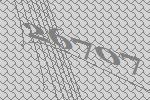
26707